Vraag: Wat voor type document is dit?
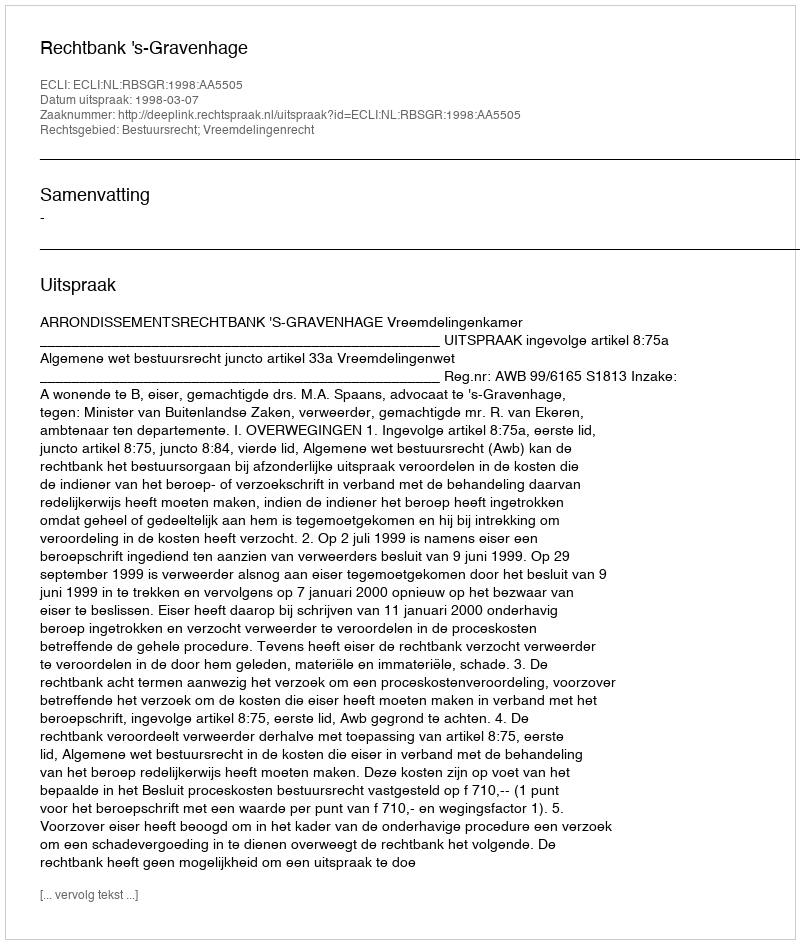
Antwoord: Uitspraak